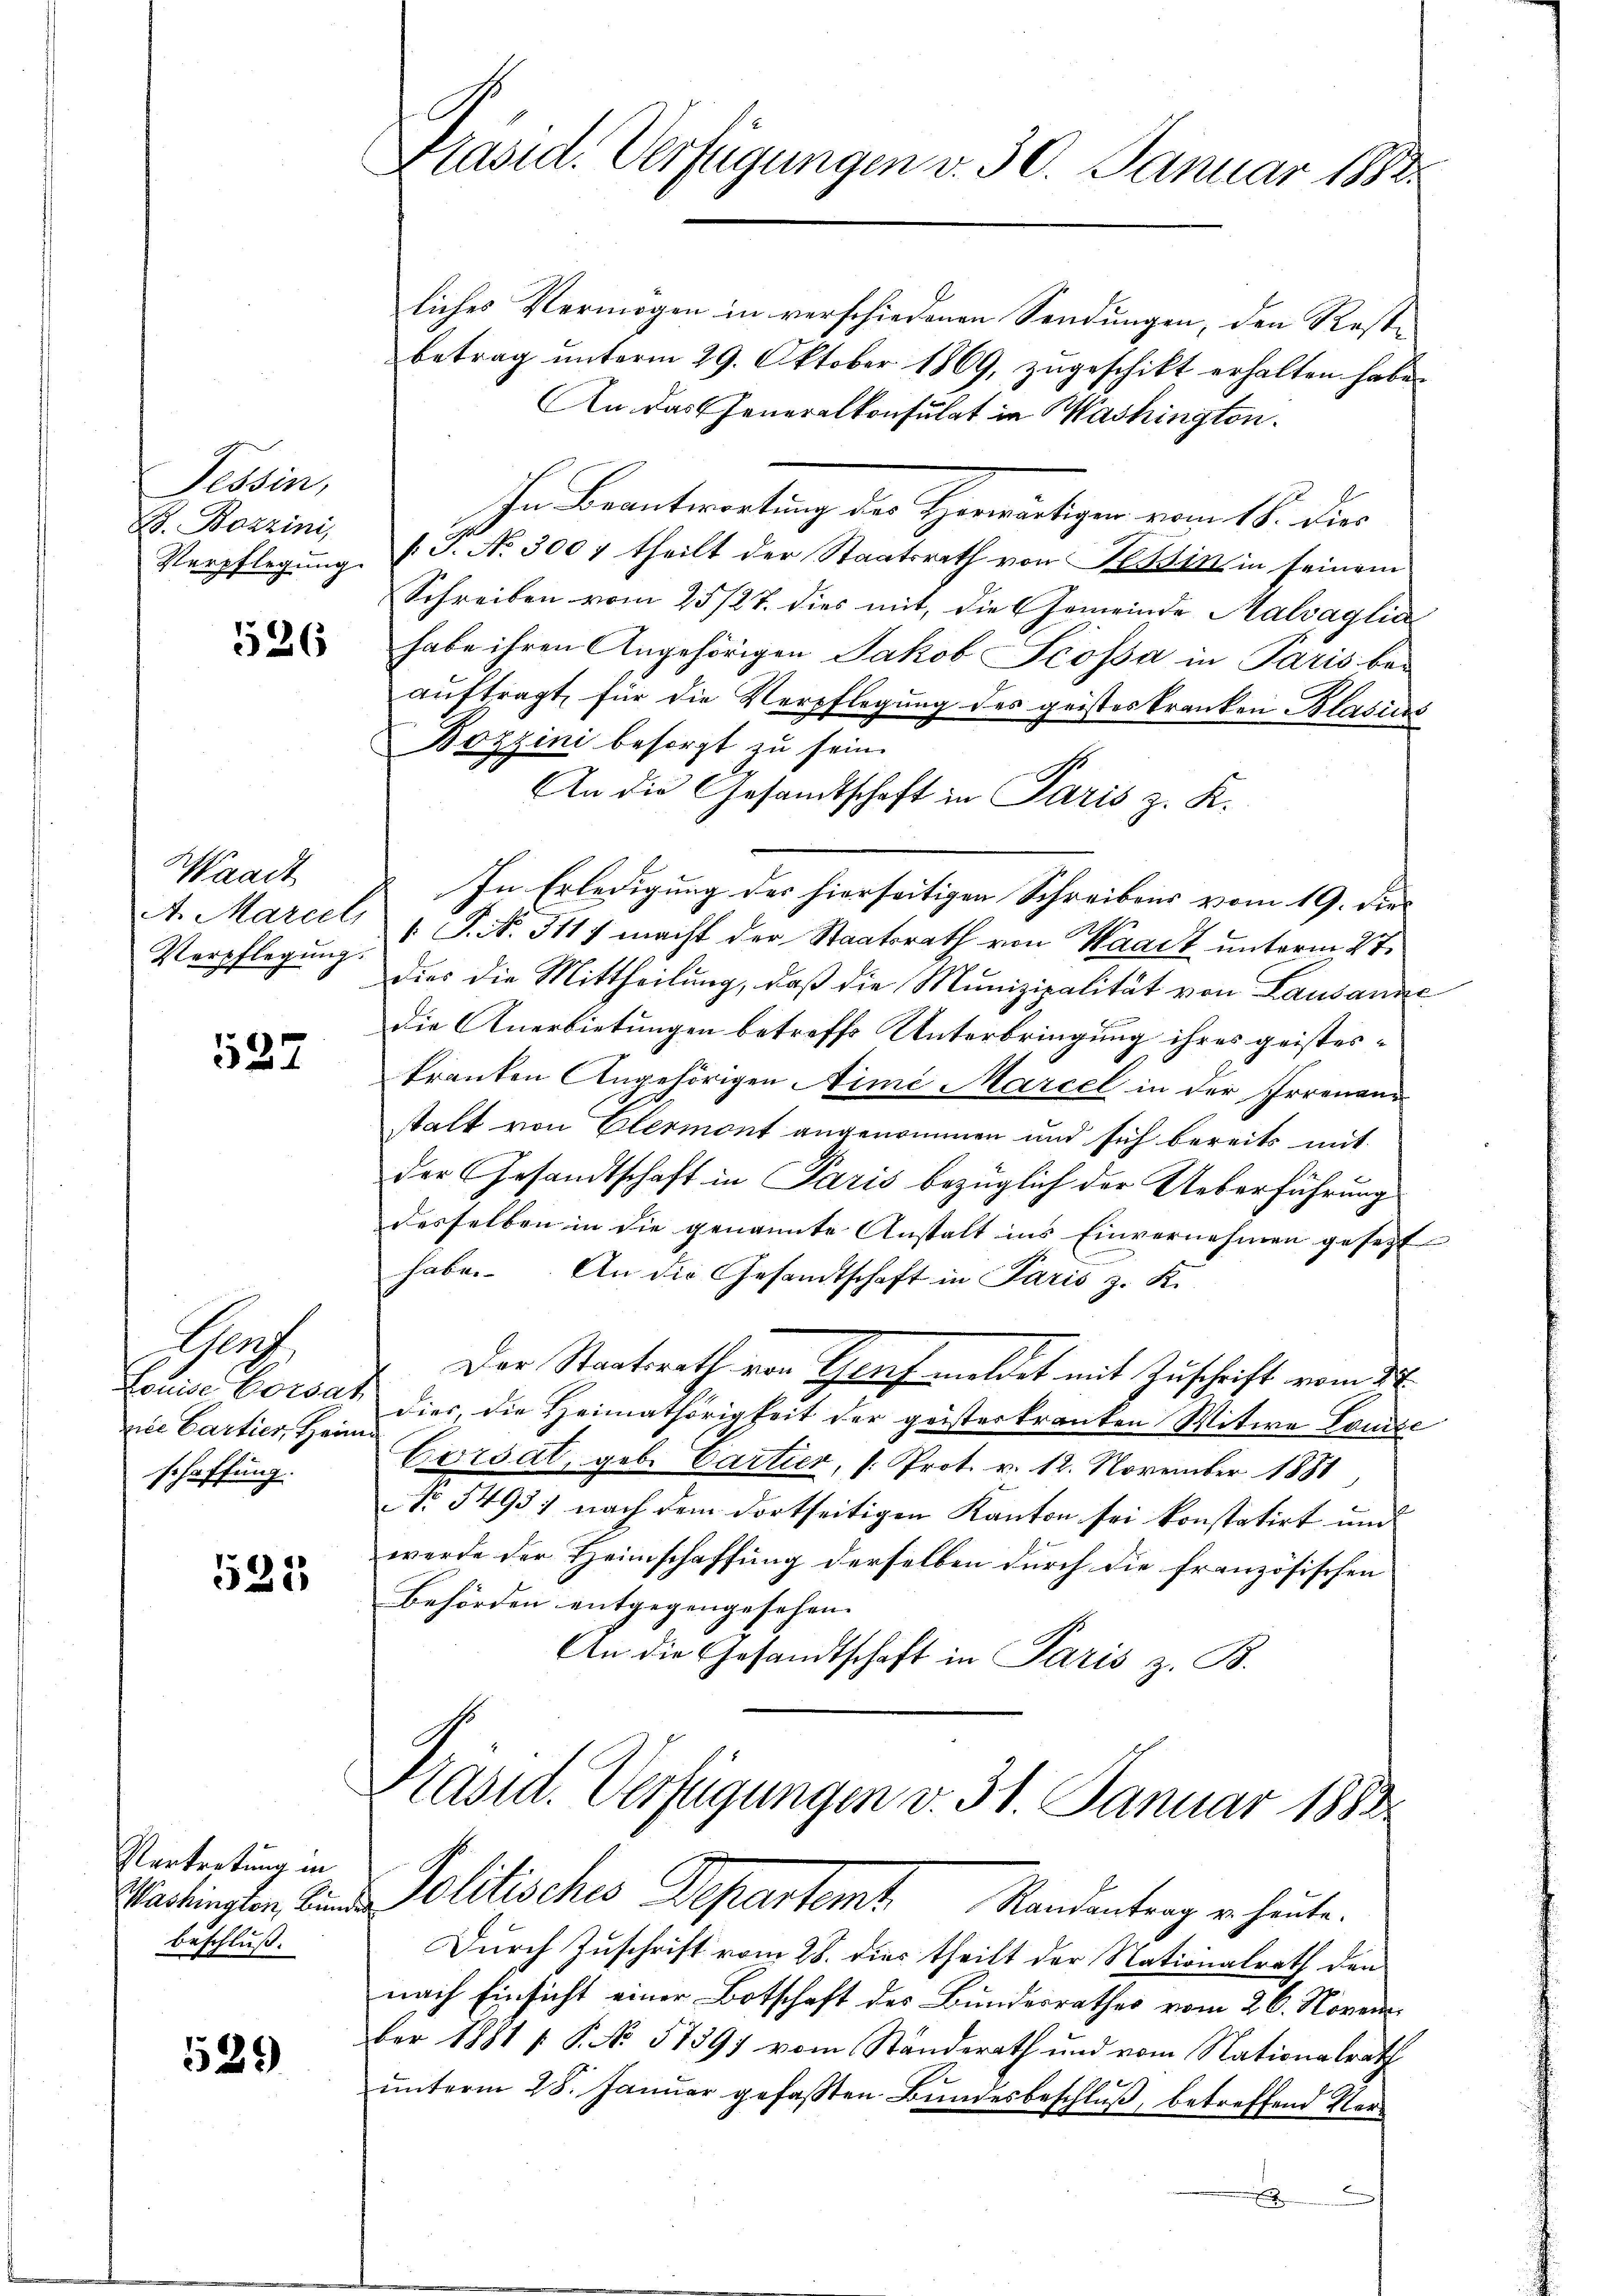
Tessin,
E. Bozzini
Verpflegung

526

Waadt
A. Marcel
Verpflegung.

537

af
Louise. Vorsat
nice Cartier, Heim
schaffung.

523

Vertretung in
beschluß.

529

Präsid. Verfügungen v. 30. Januar 1883

liches Vermögen in verschiedenen Sendungen, den Restbetrag unterm 29. Oktober 1869, zugeschikt erhalten habe.
An das Generalkonsulat in Washington.
ihr Beantwortung der Herwärtigen vom 15. dies
J.
f. J. No 3007 theilt der Staatsrath von Klein in seinem
Schreiben vom 25/27. dies mit, die Gemeinde Malvaglia
habe ihren Angehörigen Jakob Scossa in Paris bei
auftragt, für die Verpflegung des geistes Kranken Blasiens
Bozzini besorgt zu sein.
An die Gesandtschaft in Paris z. K.
In Erledigung des hierseitigen Schreibens vom 19. die¬
 P. Nr. 311) macht der Staatsrath von Waadt unterm 27.
dies die Mittheilung, daß die Munizipalität von Lausanne
die Anerbietungen betreffs Unterbringung ihres geistestranten Angehörigen Nimi Marcel in der Irrenanstalt von Elermont angenommen und sich bereits mit
der Gesandtschaft in Paris bezüglich der Ueberführung
desselben in die genannte Anstalt ins Einvernehmen gesetzt
haben. An die Gesandtschaft in Paris z. K.
Der Staatsrath von Graf meldet mit Zuschrift vom 22.
dies, die Heimathörigkeit der geisterkranken Witwe Louise
Corsat, geb. Cartier, (: Prot. v. 12. November 1881,
No 54937 nach dem dortseitigen Kanton sei konstatirt und
werde der Heimschaffung derselben durch die französischen
Behörden entgegengesehen. |
An die Gesandtschaft in Paris z. B.

Durch Zuschrift vom 28. dies theilt der Nationalrath den
nach Einsicht einer Botschaft des Bunderrathes vom 26. November 1881 [ P. No 51397 vom Standerath und vom Nationalrath
ŭnterm 28. Janŭar gefaβten Bŭndesbeschlŭβ, betreffend Verf

Präsid. Verfügungen v. 31. Januar 1883
Martingen die Politisches Departemt. Randentrag er heute.